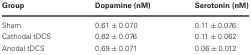
<table><thead><tr><td><b>Group</b></td><td><b>Dopamine (nM)</b></td><td><b>Serotonin (nM)</b></td></tr></thead><tbody><tr><td>Sham</td><td>0.61 ± 0.070</td><td>0.11 ± 0.076</td></tr><tr><td>Cathodal tDCS</td><td>0.62 ± 0.076</td><td>0.11 ± 0.062</td></tr><tr><td>Anodal tDCS</td><td>0.69 ± 0.071</td><td>0.06 ± 0.012</td></tr></tbody></table>